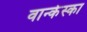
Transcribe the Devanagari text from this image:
वान्केस्का